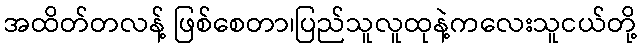
အထိတ်တလန့် ဖြစ်စေတာ၊ပြည်သူလူထုနဲ့ကလေးသူငယ်တို့